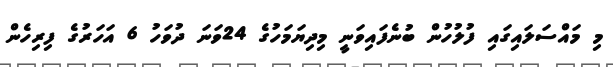
މި މައްސަލައިގައި ފުލުހުން ބުނެފައިވަނީ މިދިޔަމަހުގެ 24ވަނަ ދުވަހު 6 އަހަރުގެ ފިރިހެން